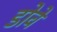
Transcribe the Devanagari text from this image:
डोवे